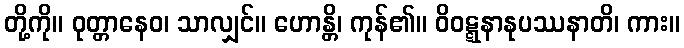
တို့ကို။ ဝုတ္တာနေဝ၊ သာလျှင်။ ဟောန္တိ၊ ကုန်၏။ ဝိဝဋ္ဋနာနုပဿနာတိ၊ ကား။